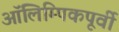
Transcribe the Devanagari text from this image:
ऑलिम्पिकपूर्वी